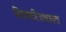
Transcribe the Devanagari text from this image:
शिवचरित्राबाबत